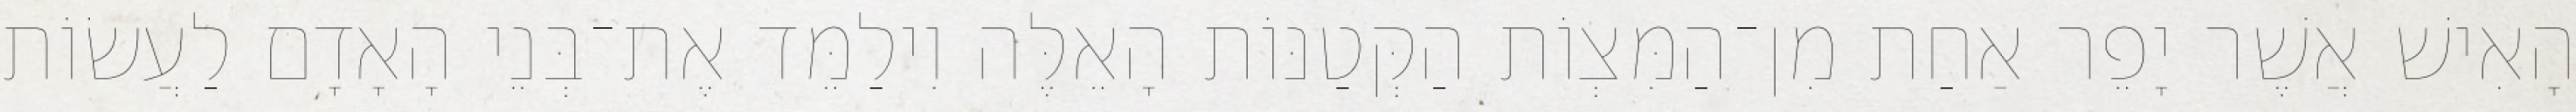
הָאִישׁ אֲשֶׁר יָפֵר אַחַת מִן־הַמִּצְוֹת הַקְּטַנּוֹת הָאֵלֶּה וִילַמֵּד אֶת־בְּנֵי הָאָדָם לַעֲשׂוֹת